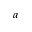
^ { a }